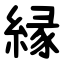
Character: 縁